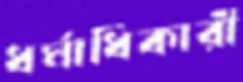
ধর্মাধিকারী